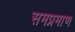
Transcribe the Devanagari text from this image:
समप्रमाण